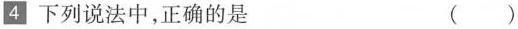
4 下列说法中，正确的是 ( )